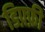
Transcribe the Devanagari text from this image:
डिफ़्फ़ी